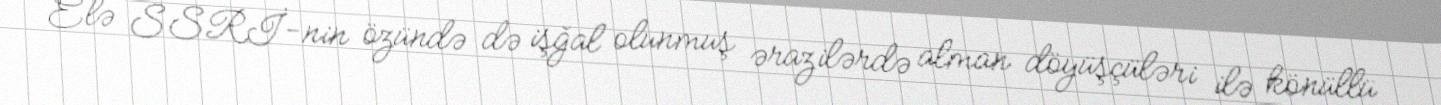
Elə SSRİ-nin özündə də işğal olunmuş ərazilərdə alman döyüşçüləri ilə könüllü